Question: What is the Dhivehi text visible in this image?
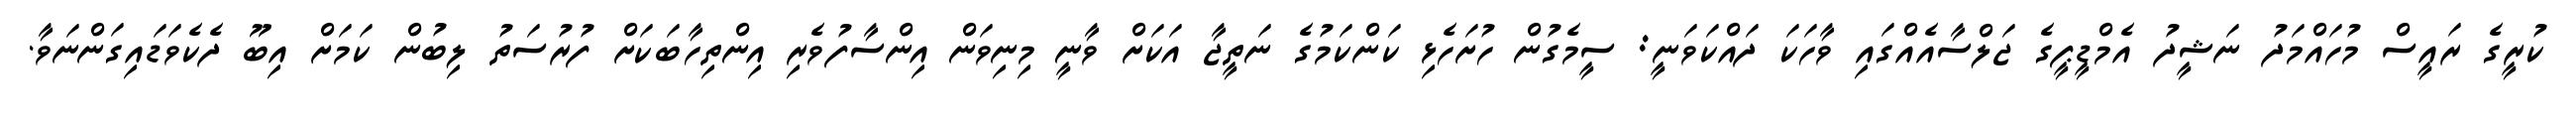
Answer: ކުރީގެ ރައީސް މުހައްމަދު ނަޝީދު އެމްޑީޕީގެ ޖަލްސާއެއްގައި ވާހަކަ ދައްކަވަނީ: ސީމެގުން ހުށަހެޅި ކަންކަމުގެ ނަތީޖާ އަކަށް ވާނީ މިނިވަން އިންސާފުވެރި އިންތިހާބަކަށް ފުރުސަތު ލިބުން ކަމަށް އިބޫ ދެކެވަޑައިގަންނަވާ.